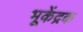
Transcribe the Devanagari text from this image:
भूकेंद्रक